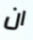
ان